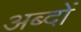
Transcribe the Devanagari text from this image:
अब्दों